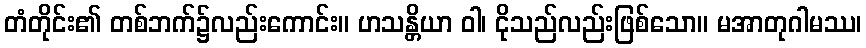
တံတိုင်း၏ တစ်ဘက်၌လည်းကောင်း။ ဟသန္တိယာ ဝါ၊ ငိုသည်လည်းဖြစ်သော။ မအာတုဂါမဿ၊